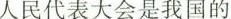
人民代表大会是我国